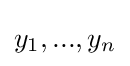
{\textstyle y_{1},...,y_{n}}